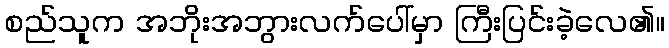
စည်သူက အဘိုးအဘွားလက်ပေါ်မှာ ကြီးပြင်းခဲ့လေ၏။